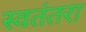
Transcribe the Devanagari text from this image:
स्वतंतरा